Indian journal of veterinary science and animal husbandry - Volume 9,
Year: 1939
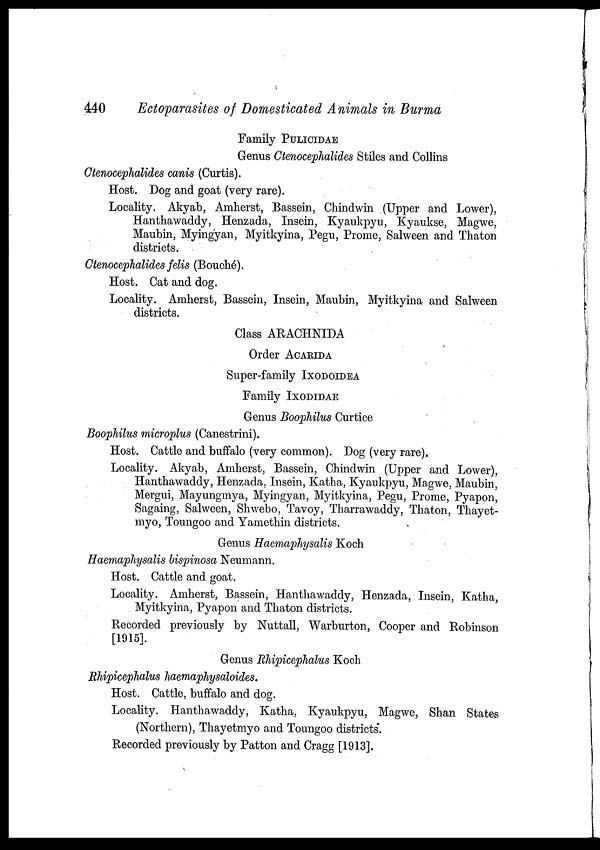
440
Ectoparasites of Domesticated Animals in Burma
Family PULICIDAE
Genus Ctenocephalides Stiles and Collins
Ctenocephalides canis (Curtis).
Host. Dog and goat (very rare).
Locality. Akyab, Amherst, Bassein, Chindwin (Upper and Lower),
Hanthawaddy, Henzada, Insein, Kyaukpyu, Kyaukse, Magwe,
Maubin, Myingyan, Myitkyina, Pegu, Prome, Salween and Thaton
districts.
Ctenocephalides felis (Bouché).
Host. Cat and dog.
Locality. Amherst, Bassein, Insein, Maubin, Myitkyina and Salween
districts.
Class ARACHNIDA
Order ACARIDA
Super-family IXODOIDEA
Family IXODIDAE
Genus Boophilus Curtice
Boophilus microplus (Canestrini).
Host. Cattle and buffalo (very common). Dog (very rare).
Locality. Akyab, Amherst, Bassein, Chindwin (Upper and Lower),
Hanthawaddy, Henzada, Insein, Katha, Kyaukpyu, Magwe, Maubin,
Mergui, Mayungmya, Myingyan, Myitkyina, Pegu, Prome, Pyapon,
Sagaing, Salween, Shwebo, Tavoy, Tharrawaddy, Thaton, Thayet-
myo, Toungoo and Yamethin districts.
Genus Haemaphysalis Koch
Haemaphysalis bispinosa Neumann.
Host. Cattle and goat.
Locality. Amherst, Bassein, Hanthawaddy, Henzada, Insein, Katha,
Myitkyina, Pyapon and Thaton districts.
Recorded previously by Nuttall, Warburton, Cooper and Robinson
[1915].
Genus Rhipicephalus Koch
Rhipicephalus haemaphysaloides.
Host. Cattle, buffalo and dog.
Locality. Hanthawaddy, Katha, Kyaukpyu, Magwe, Shan States
(Northern), Thayetmyo and Toungoo districts.
Recorded previously by Patton and Cragg [1913].